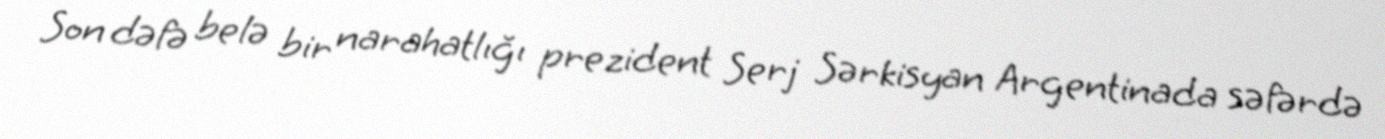
Son dəfə belə bir narahatlığı prezident Serj Sərkisyan Argentinada səfərdə